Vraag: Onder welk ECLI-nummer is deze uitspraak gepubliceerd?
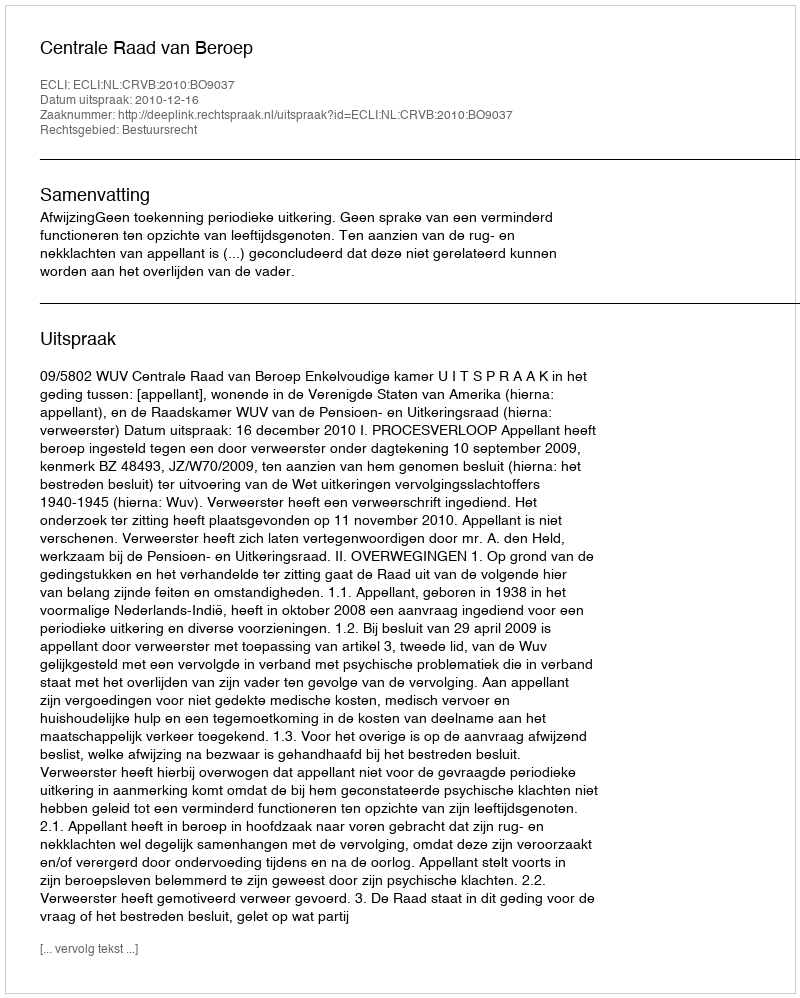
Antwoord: ECLI:NL:CRVB:2010:BO9037